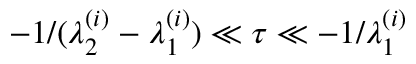
- 1 / ( \lambda _ { 2 } ^ { ( i ) } - \lambda _ { 1 } ^ { ( i ) } ) \ll \tau \ll - 1 / \lambda _ { 1 } ^ { ( i ) }